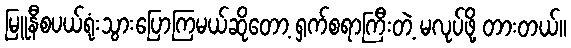
မြူနီစပယ်ရုံးသွားပြောကြမယ်ဆိုတော့ ရှက်စရာကြီးတဲ့ မလုပ်ဖို့ တားတယ်။